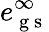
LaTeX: e_{\mathrm{~g~s~}}^{\infty}